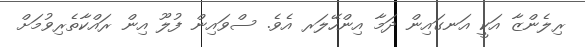
ރިލެންޒާ އަކީ އަނގައިން ދަމާ އިންހޭލަރ އެވެ. ސްވައިން ފުލޫ އިން ރައްކާތެރިވުމަށް